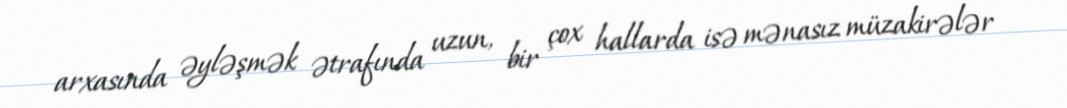
arxasında əyləşmək ətrafında uzun, bir çox hallarda isə mənasız müzakirələr